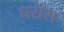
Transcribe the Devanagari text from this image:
घरास